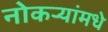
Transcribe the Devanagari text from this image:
नोकर्‍यांमधे